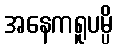
အနေကရူပမ္ပိ